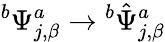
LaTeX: {}^{b}\Psi_{j,\beta}^{a}\rightarrow{}^{b}{\hat{\Psi}}_{j,\beta}^{a}